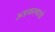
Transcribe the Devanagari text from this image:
अडकल्याचे